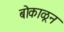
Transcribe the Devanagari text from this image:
बोकाळून